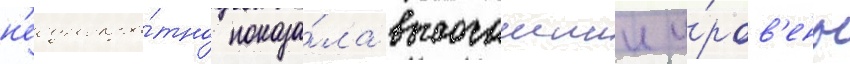
н'еоднокра́тно показа́ла высочаишии у́ров'ень